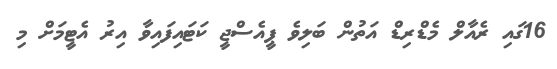
16ގައި ރެއާލް މެޑްރިޑް އަތުން ބަލިވެ ޕީއެސްޖީ ކަޓައިފައިވާ އިރު އެޓީމަށް މި